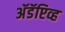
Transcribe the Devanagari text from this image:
अॅडॅप्टिव्ह